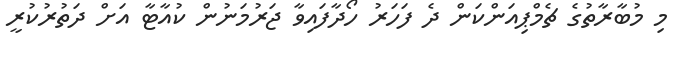
މި މުބާރާތުގެ ޗެމްޕިއަންކަން ދެ ފަހަރު ހޯދާފައިވާ ޖަރުމަނުން ކުއާޓާ އަށް ދަތުރުކުރީ